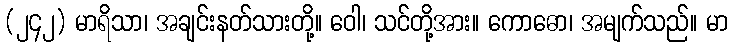
(၂၄၂) မာရိသာ၊ အချင်းနတ်သားတို့။ ဝေါ၊ သင်တို့အား။ ကောဓော၊ အမျက်သည်။ မာ